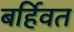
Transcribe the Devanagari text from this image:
बर्हिवत